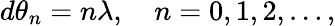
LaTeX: d\theta_{n}=n\lambda,\quad n=0,1,2,\ldots,